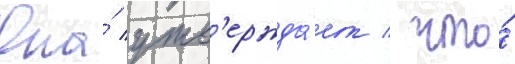
Она́ утв'ержда́ет / что́